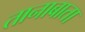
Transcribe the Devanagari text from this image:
तानाबाता